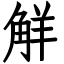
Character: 觧